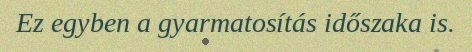
Ez egyben a gyarmatosítás időszaka is.